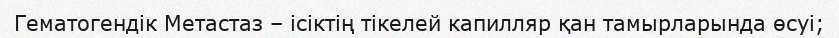
Гематогендік Метастаз – ісіктің тікелей капилляр қан тамырларында өсуі;